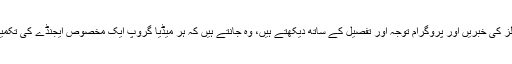
جو لوگ مختلف ٹی وی چینلز کی خبریں اور پروگرام توجہ اور تفصیل کے ساتھ دیکھتے ہیں، وہ جانتے ہیں کہ ہر میڈیا گروپ ایک مخصوص ایجنڈے کی تکمیل کے لئے کام کر رہا ہے۔